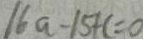
1 6 a - 1 5 + c = 0